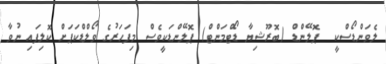
ލެވަންޑޯސްކީ  ޕޮލޭންޑް (ބޮރޫޝިޔާ ޑޯޓްމަންޓް) ޕޮލޭންޑަކީވެސް މިފަހަރުގެ ވޯލްޑްކަޕަށް ކޮލިފައި ނުވާ